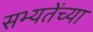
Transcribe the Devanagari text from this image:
सभ्यतेंच्या